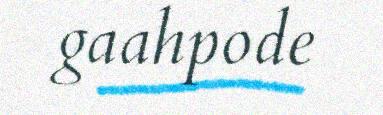
gaahpode